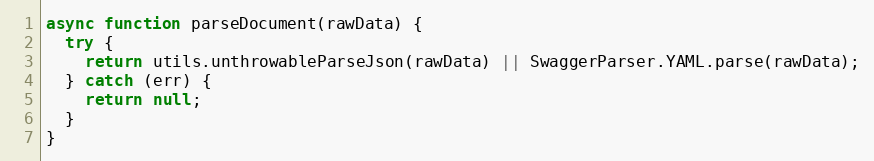
Language: JavaScript
async function parseDocument(rawData) {
  try {
    return utils.unthrowableParseJson(rawData) || SwaggerParser.YAML.parse(rawData);
  } catch (err) {
    return null;
  }
}